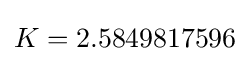
K=2.5849817596